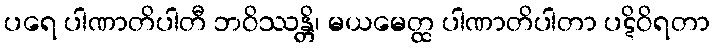
ပရေ ပါဏာတိပါတီ ဘဝိဿန္တိ၊ မယမေတ္ထ ပါဏာတိပါတာ ပဋိဝိရတာ